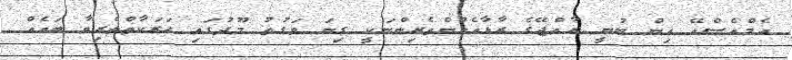
އެމްއެސްއޭ އިން ބުނީ ރާއްޖޭގެ ރާޅާއެޅުންތެރިންނަކީ ގިނަ ވަގުތު މޫދުގައި ހަރަކާތްތެރިވާ ބައެއް